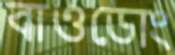
বাওডোং